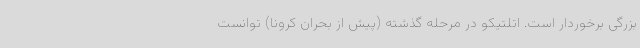
بزرگی برخوردار است. اتلتیکو در مرحله گذشته (پیش از بحران کرونا) توانست